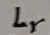
Text: Lr